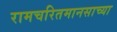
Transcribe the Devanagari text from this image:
रामचरितमानसाच्या